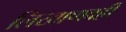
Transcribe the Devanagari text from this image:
लिखाणवही